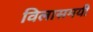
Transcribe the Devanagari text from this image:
विलासमयी